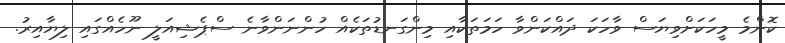
ކޮންމެ މީހަކަށްވިޔަސް ވާހަކަ ދައްކަންވާ ހަމަތަކާއި މިންގަނޑުތަކެއް ހުންނަންވާނެ ސްޕެޝިއަލީ ނޫހެއްގައި ލިޔާއިރު.